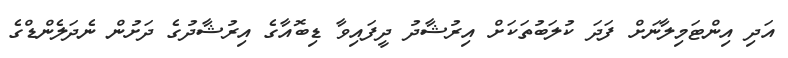
އަދި އިންޓަމިލާނަށް ފަދަ ކުލަބުތަކަށް އިރުޝާދު ދީފައިވާ ޑިބޮއާގެ އިރުޝާދުގެ ދަށުން ނެދަލެންޑްގެ